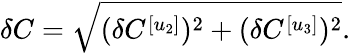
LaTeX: \delta C=\sqrt{(\delta C^{[u_{2}]})^{2}+(\delta C^{[u_{3}]})^{2}}.